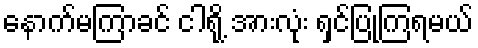
နောက်မကြာခင် ငါရို့ အားလုံး ရှင်ပြုကြရမယ်